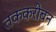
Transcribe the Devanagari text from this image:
तककरीबन